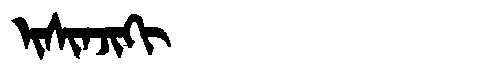
Manchu: ᡳᠰᡳᠨᠵᡳᡴᡳ
Romanization: ISINJIKI